Report on vaccination in the Province of Bengal - 1874-1889
Year: 1874
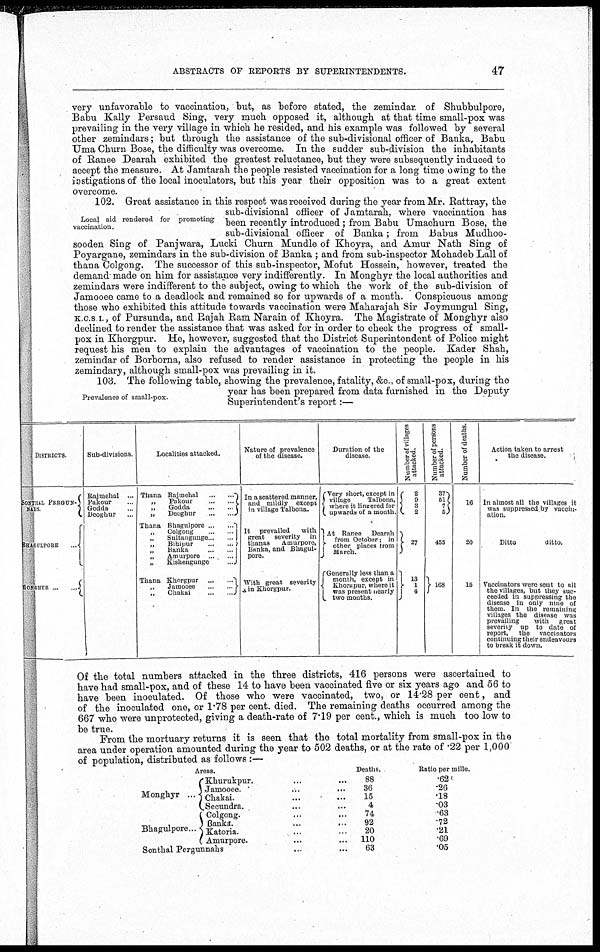
ABSTRACTS OF REPORTS BY SUPERINTENDENTS.
47
very unfavorable to vaccination, but, as before stated, the zemindar. of Shubbulpore,
Babu Kally Persaud Sing, very much opposed it, although at that time small-pox was
prevailing in the very village in which he resided, and his example was followed by several
other zemindars; but through the assistance of the sub-divisional officer of Banka, Babu
Uma Churn Bose, the difficulty was overcome. In the sudder sub-division the inhabitants
of Ranee Dearah exhibited the greatest reluctance, but they were subsequently induced to
accept the measure. At Jamtarah the people resisted vaccination for a long time owing to the
instigations of the local inoculators, but this year their opposition was to a great extent
overcome.
Local aid rendered for promoting
vaccination.
102. Great assistance in this respect was received during the year from Mr. Rattray, the
sub-divisional officer of Jamtarah, where vaccination has
been recently introduced ; from Babu Umachurn Bose, the
sub-divisional officer of Banka; from Babus Mudhoo-
sooden Sing of Panjwara, Lucki Churn Mundle of Khoyra, and Amur Nath Sing of
Poyargane, zemindars in the sub-division of Banka ; and from sub-inspector Mohadeb Lall of
thana Colgong. The successor of this sub-inspector, Mofut Hossein, however, treated the
demand made on him for assistance very indifferently. In Monghyr the local authorities and
zemindars were indifferent to the subject, owing to which the work of. the sub-division of
Jamooee came to a deadlock and remained so for upwards of a month. Conspicuous among
those who exhibited this attitude towards vaccination were Maharajah Sir Joymungul Sing,
K.C.S I., of Pursunda, and Rajah Ram Narain of Khoyra. The Magistrate of Monghyr also
declined to render the assistance that was asked for in order to check the progress of small-
pox in Khorgpur. He, however, suggested that the District Superintendent of Police might
request his men to explain the advantages of vaccination to the people. Kader Shah,
zemindar of Borborna, also refused to render assistance in protecting the people in his
zemindary, although small-pox was prevailing in it.
Prevalence of small-pox.
103. The following table, showing the prevalence, fatality, &c., of small-pox, during the
year has been prepared from data furnished in the Deputy
Superintendent's report:—
DISTRICTS
SONTHAL PERGUN-
NAHS
BHAGULPORE ...
MONGHYR
...
...
Sub-divisions.
Rajmehal ...
Pakour ...
Godda ...
Deoghur ...
Localities attacked.
Thana Rajmehal
...
...
„
Pokour
...
...
„
Godda ... ...
„
Deoghur
...
...
Thana Bhagulpore ... ...
„
Colgong ... ...
„
Sultangunge ... ...
„
Bihrpur
...
...
„
Banka
...
...
„
Amurpore
...
...
„
Kishengunge
...
Thana Khorgpur
...
...
„
Jamooee
...
...
„
Chakai
...
...
Nature of prevalence
of the disease.
In a scattered manner.
and mildly except
in village Talbona.
It prevailed
with
great severity in
thanas
Amurpore,
Banka, and Bhagul-
pore.
With great severity
in Khorgpur.
Duration of the
disease.
Very short, except in
village
Talbona.
where it lingered for
upwards of a month.
At Ranee
Dearah
from October, in
other places from
March.
Generally less than a
month, except in
Khorgpur, where it
was present nearly
two months.
Number of villages
attacked.
2
9 3
2
27
13
1
4
Number of persons
attacked.
37
51 7 5
455
168
Number of deaths.
16
20
15
Action taken to arrest
the disease.
In almost all the villages it
was suppressed.by vaccin-
ation.
Ditto
ditto.
Vaccinators were sent to all
the villages, but they suc-
ceeded in suppressing the
disease in only nine of
them. In the remaining
villages the disease was
prevailing
with
great
severity up to date of
report,
the vaccinators
continuing their endeavours
to break it down.
Of the total numbers attacked in the three districts, 416 persons were ascertained to
have had small-pox, and of these 14 to have been vaccinated five or six years ago and 56 to
have been inoculated. Of those who were vaccinated, two, or 14.28 per cent, and
of the inoculated one, or 1.78 per cent. died. The remaining deaths occurred among the
667 who were unprotected, giving a death-rate of 7.19 per cent., which is much too low to
be true.
From the mortuary returns it is seen that the total mortality from small-pox in the
area under operation amounted during the year to 502 deaths, or at the rate of .22 per 1,000
of population, distributed as follows :—
Areas.
Monghyr ...
Bhagulpore...
Khurukpur. ... ...
Jamooee. ... ...
Chakai. ... ...
Secundra. ...
Colgong. ... ...
Banka. ... ...
Katoria. ... ...
Amurpore. ... ...
Sonthal Pergunnahs ... ...
Deaths.
88
36
15
4
74
92
20
110
63
Ratio per mille.
.62
.26
.18
.03
.63
.72
.21
.69
.05